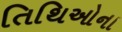
તિથિઓના